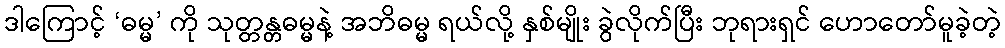
ဒါကြောင့် ‘ဓမ္မ’ ကို သုတ္တန္တဓမ္မနဲ့ အဘိဓမ္မ ရယ်လို့ နှစ်မျိုး ခွဲလိုက်ပြီး ဘုရားရှင် ဟောတော်မူခဲ့တဲ့